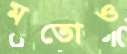
মতোও